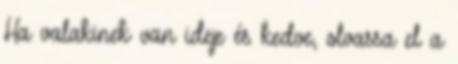
Ha valakinek van ideje és kedve, olvassa el a